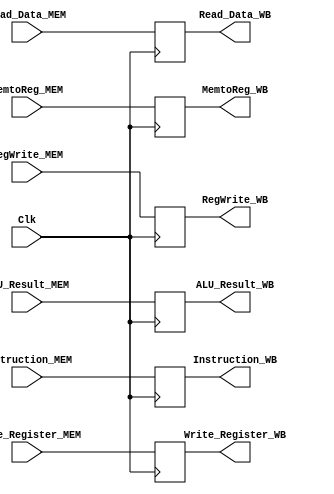
// memory stage to write back stage pipeline, passing data on positive edge of global clock

module MEM_WB_Pipeline_Stage(
			     input 	  Clk,
			    
			     input 	  RegWrite_MEM,
			     input 	  MemtoReg_MEM,
			     input [31:0]	Read_Data_MEM, 
			     input [31:0] ALU_Result_MEM,
			     input [4:0]  Write_Register_MEM,
				  
				  input [31:0]	Instruction_MEM,

			     output reg 	  RegWrite_WB,
			     output reg 	  MemtoReg_WB,
			     output reg [31:0] Read_Data_WB, 
			     output reg [31:0] ALU_Result_WB,
			     output reg [4:0]  Write_Register_WB,
				  
				  output reg [31:0]	Instruction_WB
			     );
				  
   initial begin
		RegWrite_WB 		<= 0;
		MemtoReg_WB 		<= 0;
		Read_Data_WB 		<= 32'd0;
		ALU_Result_WB		<= 32'd0;
		Write_Register_WB	<= 5'd0;
		
		Instruction_WB		<= 32'd0;
	end
	
   always@(posedge Clk) begin
		RegWrite_WB 		<= RegWrite_MEM;
		MemtoReg_WB 		<= MemtoReg_MEM;
		Read_Data_WB 		<= Read_Data_MEM;
		ALU_Result_WB		<= ALU_Result_MEM;
		Write_Register_WB	<= Write_Register_MEM;
		
		Instruction_WB <= Instruction_MEM;
	end //always

endmodule // MEM_WB_Pipeline_Stage